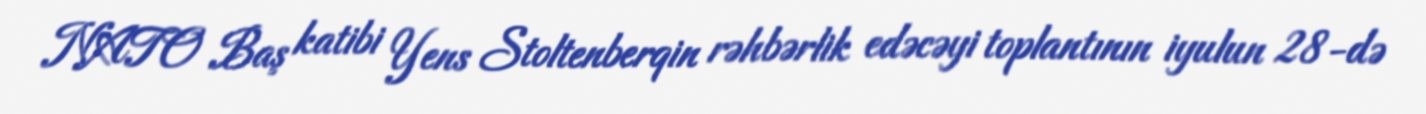
NATO Baş katibi Yens Stoltenberqin rəhbərlik edəcəyi toplantının iyulun 28-də